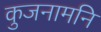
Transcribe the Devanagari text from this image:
कुजनामनि